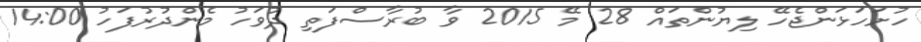
ހުށަހަޅަންޖެހޭ ލިޔުންތައް 28 މޭ 2015 ވާ ބުރާސްފަތި ދުވަހު މެންދުރުފަހުު 14:00